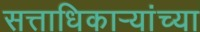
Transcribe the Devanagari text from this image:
सत्ताधिकाऱ्यांच्या